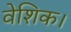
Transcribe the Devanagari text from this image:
वेशिक।